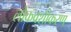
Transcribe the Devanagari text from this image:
लोकवशीकरण